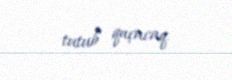
tutub qaçacaq.